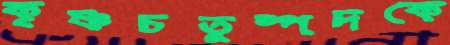
কৃষ্ণচতুষ্পদকে